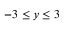
- 3 \leq y \leq 3